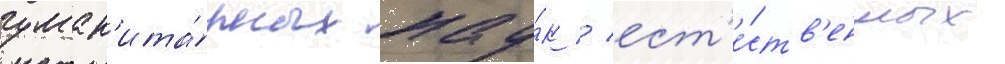
гуман'ита́рных нау́к / ест'е́ств'енных